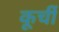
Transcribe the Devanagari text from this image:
कूर्ची